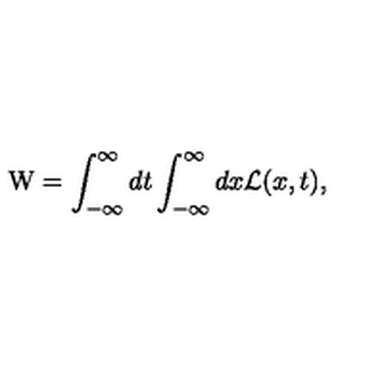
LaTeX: \mathrm { W } = \int _ { - \infty } ^ { \infty } d t \int _ { - \infty } ^ { \infty } d x { \cal L } ( x , t ) ,